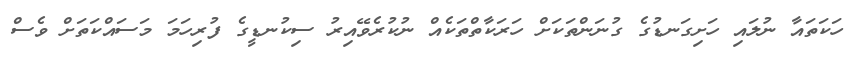
ހަކަތައާ ނުލައި ހަށިގަނޑުގެ ގުނަންތަކަށް ހަރަކާތްތަކެއް ނުކުރެވޭއިރު ސިކުނޑީގެ ފުރިހަމަ މަސައްކަތަށް ވެސް